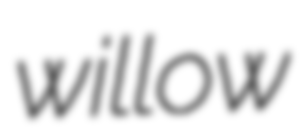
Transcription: willow